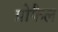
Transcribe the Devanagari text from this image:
प्रोफैल